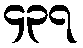
၄၃၇